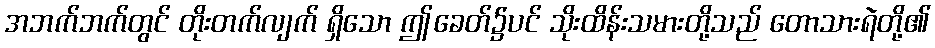
အဘက်ဘက်တွင် တိုးတက်လျက် ရှိသော ဤခေတ်၌ပင် သိုးထိန်းသမားတို့သည် တောသားရဲတို့၏